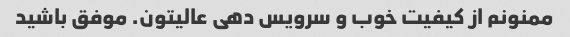
ممنونم از کیفیت خوب و سرویس دهی عالیتون. موفق باشید